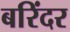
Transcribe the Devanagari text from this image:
बरिंदर